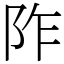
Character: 阼